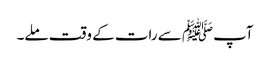
آپﷺ سے رات کے وقت ملے۔